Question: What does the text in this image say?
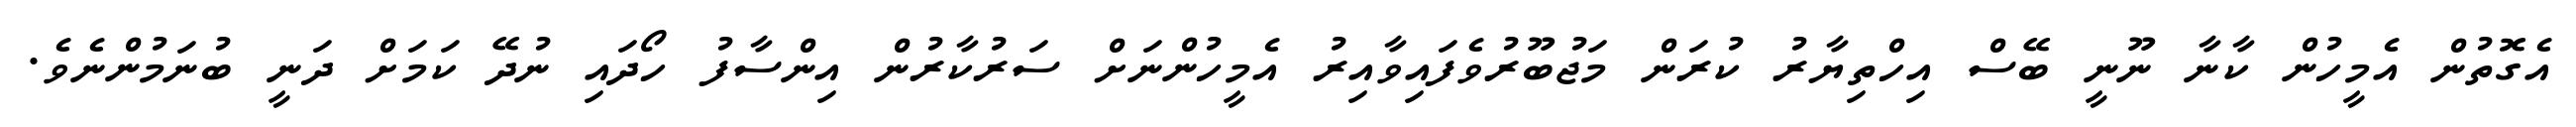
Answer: އެގޮތުން އެމީހުން ކާނާ ނޫނީ ބޭސް އިހްތިޔާރު ކުރަން މަޖުބޫރުވެފައިވާއިރު އެމީހުންނަށް ސަރުކާރުން އިންސާފު ހޯދައި ނުދޭ ކަމަށް ދަނީ ބުނަމުންނެވެ.